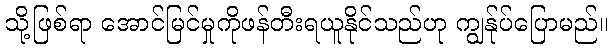
သို့ဖြစ်ရာ အောင်မြင်မှုကိုဖန်တီးရယူနိုင်သည်ဟု ကျွန်ုပ်ပြောမည်။